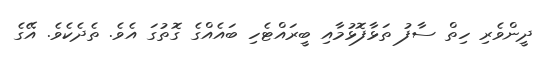
ދީންވެރި ހިތް ސާފު ތަޅާފޮޅުމާއި ބީރައްޓެހި ބައެއްގެ ގޮތުގަ އެވެ. ތެދެކެވެ. އޭގެ